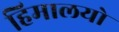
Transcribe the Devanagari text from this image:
हिमालयो